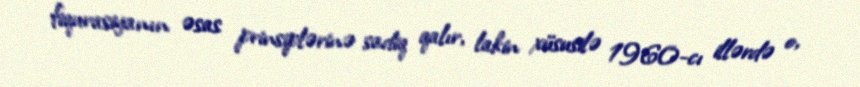
fiqurasiyanın əsas prinsiplərinə sadiq qalır, lakin xüsusilə 1960-cı illərdə o,